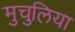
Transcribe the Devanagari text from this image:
मुचुलिया